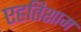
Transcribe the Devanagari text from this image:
एहतिशाम